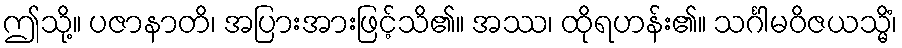
ဤသို့။ ပဇာနာတိ၊ အပြားအားဖြင့်သိ၏။ အဿ၊ ထိုရဟန်း၏။ သင်္ဂါမဝိဇယသ္မိံ၊